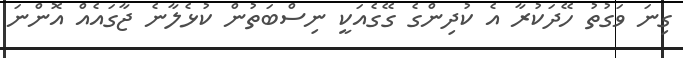
ގިނަ ވަގުތު ހޭދަކުރާ އެ ކުދިންގެ ގޭގެއަކީ ނިސްބަތުން ކުޅެލާނެ ޖާގައެއް އޮންނަ